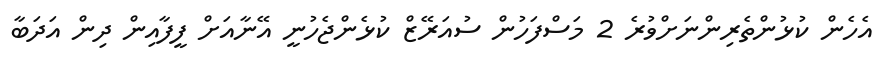
އެހެން ކުޅުންތެރިންނަށްވުރެ 2 މަސްފަހުން ސުއަރޭޒް ކުޅެންޖެހުނީ އޭނާއަށް ފީފާއިން ދިން އަދަބާ